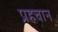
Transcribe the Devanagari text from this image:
प्रहचान